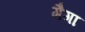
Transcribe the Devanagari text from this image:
गैगा